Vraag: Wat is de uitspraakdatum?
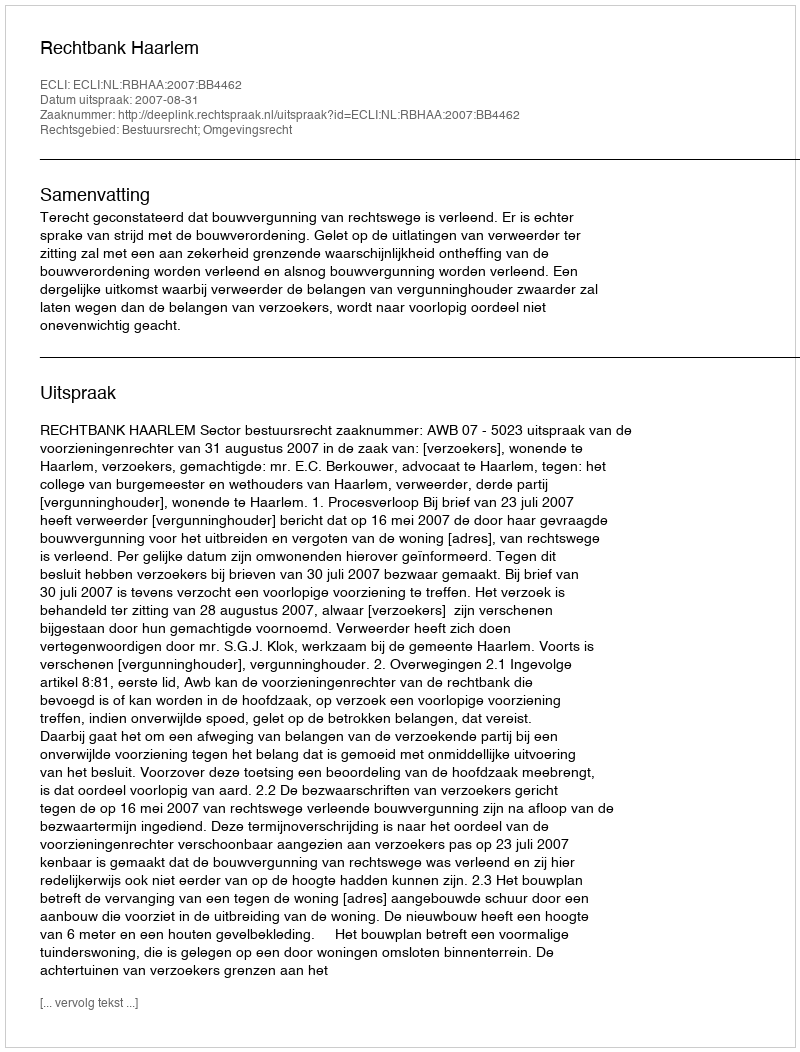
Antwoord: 2007-08-31